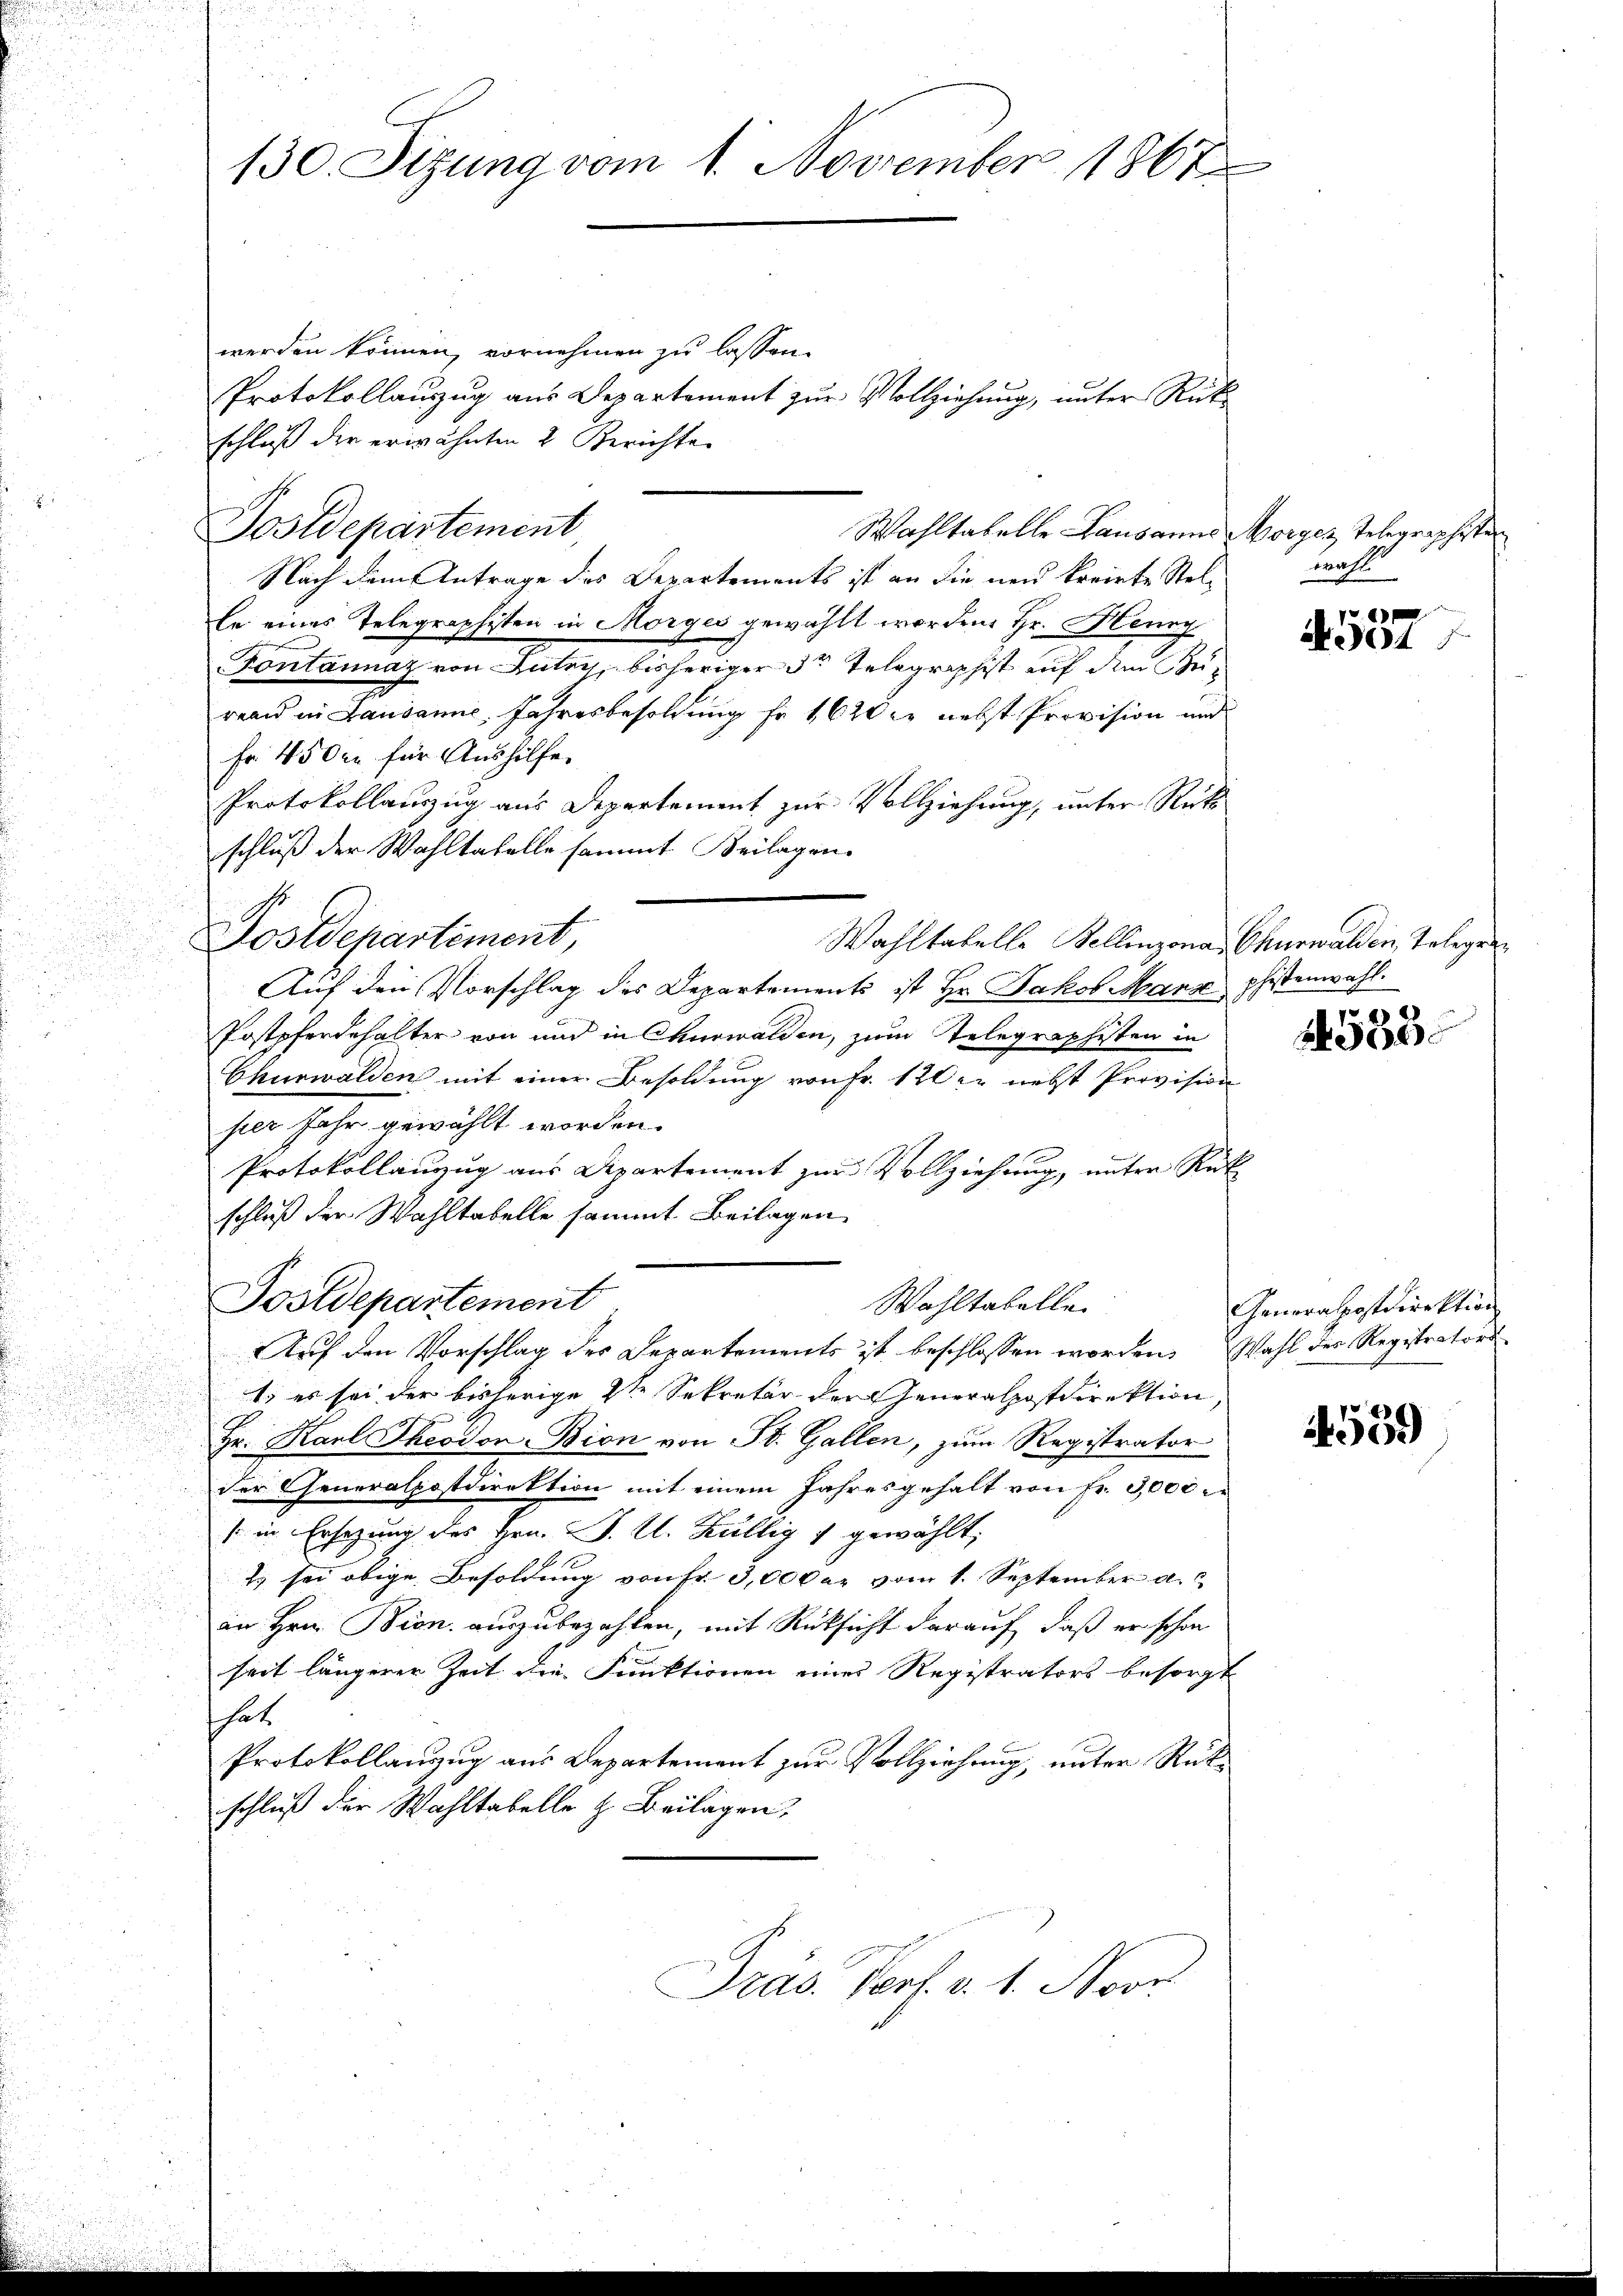
130. Sizung vom 1. November 1867

werden können, vornehmen zu lassen.
Protokollaŭszŭg aŭs Departement zŭr Vollziehung, unter Rück-
schluß der erwähnten 2 Berichte
Nach dem Antrage des Departements ist an die neu korirte Stelle eines Telegraphisten in Morges gewählt worden, Hr. Henny
Fontannaz von Lutry, bisheriger 3te Telegraphist auf den Bereau in Lausanne. Jahresbesoldung fr. 1620 er nebst Provision und
Fr. 45 der für Aushilfe.
Protokollauszug aus Departement zur Vollziehung, unter Rück
schluß der Wahltatelle sammt Beilagen.
Wahltabelle Bellinzona Churwalden, Telegen¬
Auf den Vorschlag des Departements ist Hr. Jakob Manz phistenwahl.
Postpferdehalter von und in Churwalden, zum Telegraphisten in
Churwalden mit einer Besoldung von Fr. 120 er nebst Provision
per Jahr gewählt worden.
Protokollanzug aus Departement zur Vollziehung, unter Rat
schluß der Wahltabelle sammt Beilagen
Postdepartement
Wahltabelle.
Auf den Vorschlag des Departements ist beschlossen worden. Wahl der Registrators
1) es sei der bisherige die Sekretär der Generalpostdirektion,
Hr. Karl Theodon-Bion von St. Gallen, zum Registrator
der Generalpostdirektion mit einem Jahresgehalt von fr. 3,000.
/ in Ersezung des Hrn. J. U. Kültig 1 gewählt;
2 sei obige Besoldung von Fr. 3,000 er vom 1. September a.
an Hrn. Bion auszubezahlen, mit Rüksicht darauf, daß er schon
seit längerer Zeit die Funktionen eines Registrators besorgt
hat.
Protokollanzug aus Departement zur Vollziehung, unter Rückschluß der Wahltabelle z. Beilagen,
Präs. Verf. v. 1. Novr

Postdepartement

Postdepartement,

Wahltabelle Lausanne Morges Telegraphisten

wahl
e

N 104

24558.

Generalpostdirektion

4559